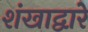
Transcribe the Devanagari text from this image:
शंखाद्वारे